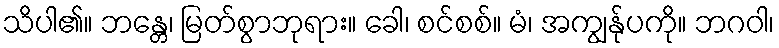
သိပါ၏။ ဘန္တေ၊ မြတ်စွာဘုရား။ ခေါ၊ စင်စစ်။ မံ၊ အကျွန်ုပကို။ ဘဂဝါ၊